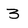
Character: 3